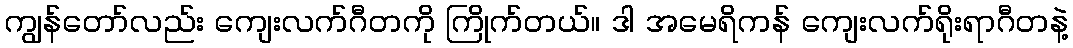
ကျွန်တော်လည်း ကျေးလက်ဂီတကို ကြိုက်တယ်။ ဒါ အမေရိကန် ကျေးလက်ရိုးရာဂီတနဲ့